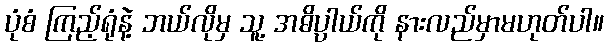
ပုံစံ ကြည့်ရုံနဲ့ ဘယ်လိုမှ သူ့ အဓိပ္ပာယ်ကို နားလည်မှာမဟုတ်ပါ။